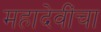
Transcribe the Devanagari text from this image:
महादेवींचा